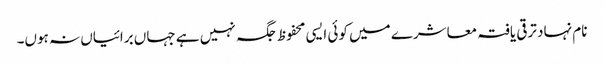
نام نہاد ترقی یافتہ معاشرے میں کوئی ایسی محفوظ جگہ نہیں ہے جہاں برائیاں نہ ہوں۔